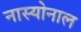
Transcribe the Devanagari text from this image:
नास्योनाल